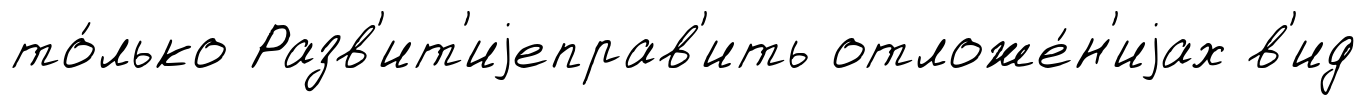
то́лько Разв'ит'иjеправ'ить отложе́н'иjах в'ид